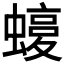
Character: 𧐛